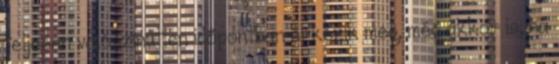
teljesen valószínűtlen időpontban érkezik meg, még akkor is, ha